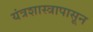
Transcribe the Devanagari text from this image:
यंत्रशास्त्रापासून